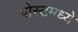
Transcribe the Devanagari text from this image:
पोस्टमध्ये